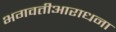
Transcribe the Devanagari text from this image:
भगवतीआराधना